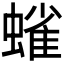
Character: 𫋗